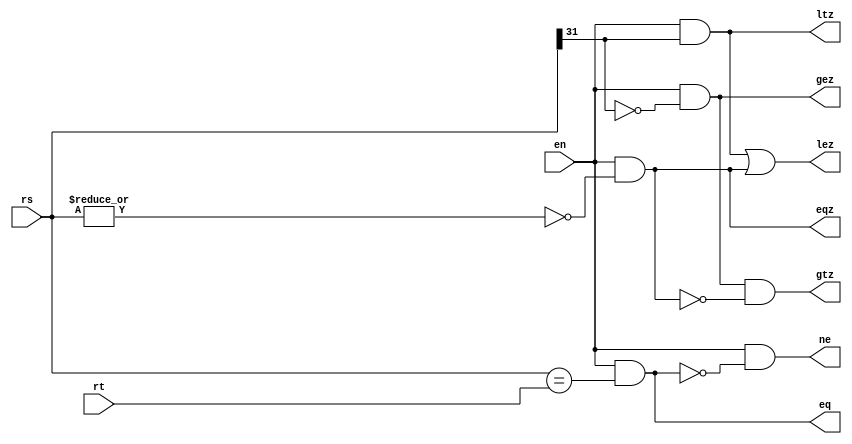
`define VAL 31
`define WIDTH 32
`define NUMREGS 32
`define LOG2NUMREGS 5
`define PC_WIDTH 30
`define I_DATAWIDTH 32
`define I_ADDRESSWIDTH 14
`define I_SIZE 16384
`define D_ADDRESSWIDTH 32
`define DM_DATAWIDTH 32
`define DM_BYTEENAWIDTH 4
`define DM_ADDRESSWIDTH 10
`define DM_SIZE 16384
`define     OP_SPECIAL       6'b000000
`define     OP_REGIMM        6'b000001
`define     OP_J             6'b000010
`define     OP_JAL           6'b000011
`define     OP_BEQ           6'b000100
`define     OP_BNE           6'b000101
`define     OP_BLEZ          6'b000110
`define     OP_BGTZ          6'b000111
`define     OP_ADDI          6'b001000
`define     OP_ADDIU         6'b001001
`define     OP_SLTI          6'b001010
`define     OP_SLTIU         6'b001011
`define     OP_ANDI          6'b001100
`define     OP_ORI           6'b001101
`define     OP_XORI          6'b001110
`define     OP_LUI           6'b001111
`define     OP_LB            6'b100000
`define     OP_LH            6'b100001
`define     OP_LWL           6'b100010
`define     OP_LW            6'b100011
`define     OP_LBU           6'b100100
`define     OP_LHU           6'b100101
`define     OP_LWR           6'b100110
`define     OP_SB            6'b101100
`define     OP_SH            6'b101101
`define     OP_SWL           6'b101010
`define     OP_SW            6'b101111
`define     OP_SWR           6'b101110
`define     FUNC_SLL         6'b000000
`define     FUNC_SRL         6'b000010
`define     FUNC_SRA         6'b000011
`define     FUNC_SLLV        6'b000100
`define     FUNC_SRLV        6'b000110
`define     FUNC_SRAV        6'b000111
`define     FUNC_JR          6'b001110
`define     FUNC_JALR        6'b001111
`define     FUNC_MFHI        6'b110100
`define     FUNC_MTHI        6'b110101
`define     FUNC_MFLO        6'b110110
`define     FUNC_MTLO        6'b110111
`define     FUNC_MULT        6'b111100
`define     FUNC_MULTU       6'b111101
`define     FUNC_DIV         6'b111110
`define     FUNC_DIVU        6'b111111
`define     FUNC_ADD         6'b100000
`define     FUNC_ADDU        6'b100001
`define     FUNC_SUB         6'b100010
`define     FUNC_SUBU        6'b100011
`define     FUNC_AND         6'b100100
`define     FUNC_OR          6'b100101
`define     FUNC_XOR         6'b100110
`define     FUNC_NOR         6'b100111
`define     FUNC_SLT         6'b101010
`define     FUNC_SLTU        6'b101011
`define     FUNC_BLTZ        1'b0
`define     FUNC_BGEZ        1'b1
`define     OP_COP2        6'b010010
`define     COP2_FUNC_CFC2      6'b111000
`define     COP2_FUNC_CTC2      6'b111010
`define     COP2_FUNC_MTC2      6'b111011
//`define     FUNC_BLTZAL      5'b10000
//`define     FUNC_BGEZAL      5'b10001
`define     FUNC_BLTZ        5'b00000
`define     FUNC_BGEZ        5'b00001
`define     FUNC_BLTZAL      5'b10000
`define     FUNC_BGEZAL      5'b10001
`define SIMULATION_MEMORY
//`define WIDTH 32
//`define WIDTH 32
//`define WIDTH 32
//`define WIDTH 32
//`define WIDTH 32
//`define WIDTH 32
//`define WIDTH 32
//`define WIDTH 32
//`define WIDTH 32
//`define WIDTH 32
//`define WIDTH 32
//`define WIDTH 32

module branchresolve ( 
	rt, 
	rs,
	en, 
	eqz,
	gez,
	gtz,
	lez,
	ltz,
	ne, 
	eq
);

//parameter WIDTH=32;

input en;
input [31:0] rs;
input [31:0] rt;
output eq;
output ne;
output ltz;
output lez;
output gtz;
output gez;
output eqz;

assign eq=(en)&(rs==rt);
assign ne=(en)&~eq;
assign eqz=(en)&~(|rs);
assign ltz=(en)&rs[31];
assign lez=(en)&rs[31] | eqz;
assign gtz=(en)&(~rs[31]) & ~eqz;
assign gez=(en)&(~rs[31]);

endmodule